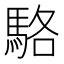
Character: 駱